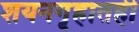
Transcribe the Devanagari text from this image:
शयनगृहातही